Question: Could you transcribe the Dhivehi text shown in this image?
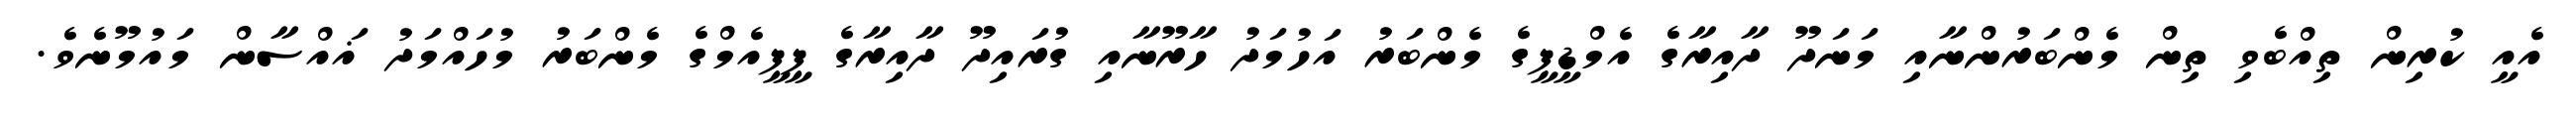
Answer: އެއީ ކުރިން ތިއްބެވި ތިން މެންބަރުންނާއި މަނަދޫ ދާއިރާގެ އެމްޑީޕީގެ މެންބަރު އަހުމަދު ހާރޫނާއި ގުރައިދޫ ދާއިރާގެ ޕީޕީއެމްގެ މެންބަރު މުހައްމަދު ޣައްސާން މައުމޫނެވެ.